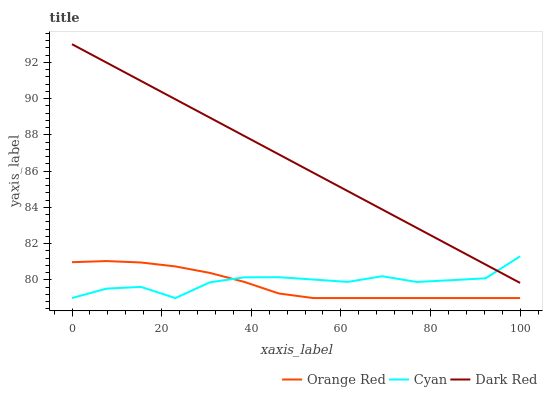
| xaxis_label | Orange Red | Cyan | Dark Red |
 | --- | --- | --- | --- |
 | 0 | 81 | 79 | 93 |
 | 7.69 | 81 | 79.5 | 92 |
 | 15.4 | 81 | 79.6 | 91 |
 | 23.1 | 80.7 | 79 | 90 |
 | 30.8 | 80.4 | 79.9 | 88.9 |
 | 38.5 | 79.9 | 80.1 | 87.9 |
 | 46.2 | 79.3 | 80.2 | 86.9 |
 | 53.8 | 79 | 80 | 85.9 |
 | 61.5 | 79 | 79.9 | 84.9 |
 | 69.2 | 79 | 80.2 | 83.9 |
 | 76.9 | 79 | 79.9 | 82.9 |
 | 84.6 | 79 | 80 | 81.9 |
 | 92.3 | 79 | 80.1 | 80.8 |
 | 100 | 79 | 81.3 | 79.8 |